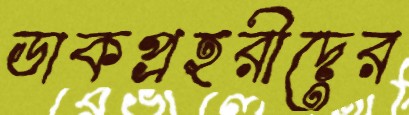
ডাকপ্রহরীদের